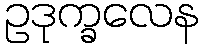
ဥဒုက္ခလေန